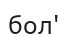
бол'